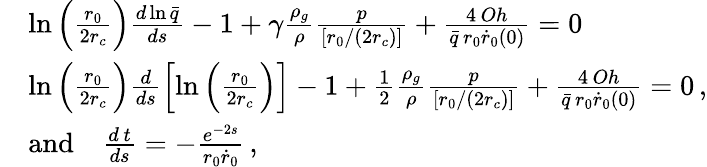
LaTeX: \begin{array}{rl}&{\ln\left(\frac{r_{0}}{2r_{c}}\right)\frac{d\ln\bar{q}}{ds}-1+\gamma\frac{\rho_{g}}{\rho}\frac{p}{\left[r_{0}/(2r_{c})\right]}+\frac{4\, Oh}{\bar{q}\, r_{0}\dot{r}_{0}(0)}=0\, }\\ &{\ln\left(\frac{r_{0}}{2r_{c}}\right)\frac{d}{ds}\left[\ln\left(\frac{r_{0}}{2r_{c}}\right)\right]-1+\frac{1}{2}\frac{\rho_{g}}{\rho}\frac{p}{\left[r_{0}/(2r_{c})\right]}+\frac{4\, Oh}{\bar{q}\, r_{0}\dot{r}_{0}(0)}=0\, ,}\\ &{\mathrm{and}\quad\frac{d\, t}{ds}=-\frac{e^{-2s}}{r_{0}\dot{r}_{0}}\, ,}\end{array}